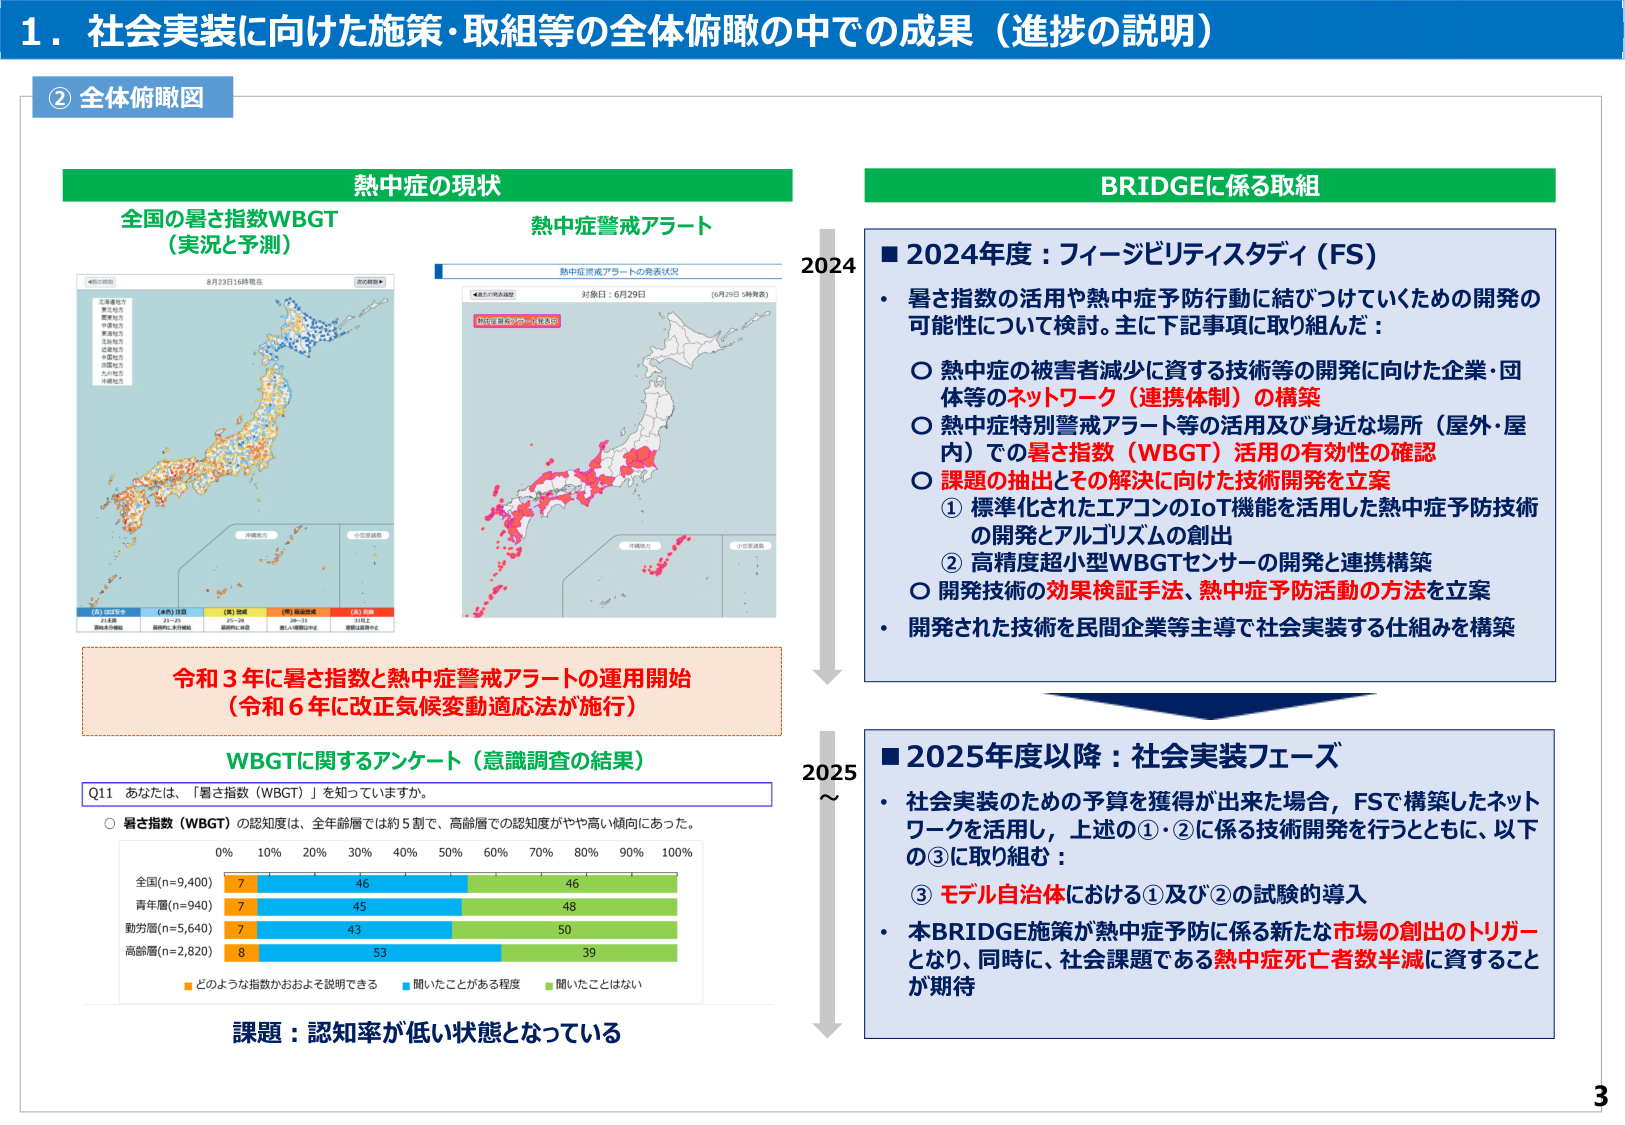
1. 社会実装に向けた施策・取組等の全体俯瞰の中での成果（進捗の説明）

② 全体俯瞰図

熱中症の現状

全国の暑さ指数WBGT
（実況と予測）

熱中症警戒アラート

2024

BRIDGEに係る取組

■ 2024年度：フィージビリティスタディ（FS）
・ 暑さ指数の活用や熱中症予防行動に結びつけていくための開発の可能性について検討。主に下記事項に取り組んだ：
○ 熱中症の被害者減少に資する技術等の開発に向けた企業・団体等のネットワーク（連携体制）の構築
○ 熱中症特別警戒アラート等の活用及び身近な場所（屋外・屋内）での暑さ指数（WBGT）活用の有効性の確認
○ 課題の抽出とその解決に向けた技術開発を立案
　① 標準化されたエアコンのIoT機能を活用した熱中症予防技術の開発とアルゴリズムの創出
　② 高精度超小型WBGTセンサーの開発と連携構築
○ 開発技術の効果検証手法、熱中症予防活動の方法を立案
・ 開発された技術を民間企業等主導で社会実装する仕組みを構築

令和3年に暑さ指数と熱中症警戒アラートの運用開始
（令和6年に改正気候変動適応法が施行）

WBGTに関するアンケート（意識調査の結果）

Q11 あなたは、「暑さ指数（WBGT）」を知っていますか。
○ 暑さ指数（WBGT）の認知度は、全年齢層では約5割で、高齢層での認知度がやや高い傾向にあった。

全国(n=9,400)
青年層(n=940)
勤労層(n=5,640)
高齢層(n=2,820)

0% 10% 20% 30% 40% 50% 60% 70% 80% 90% 100%

7 46 46
7 45 48
7 43 50
8 53 39

■ どのような指数かおおよそ説明できる
■ 聞いたことがある程度
■ 聞いたことはない

課題：認知率が低い状態となっている

2025～

■ 2025年度以降：社会実装フェーズ
・ 社会実装のための予算を獲得が出来た場合，FSで構築したネットワークを活用し，上述の①・②に係る技術開発を行うとともに、以下の③に取り組む：
　③ モデル自治体における①及び②の試験的導入
・ 本BRIDGE施策が熱中症予防に係る新たな市場の創出のトリガーとなり、同時に、社会課題である熱中症死亡者数半減に資することが期待

3